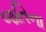
જતિના